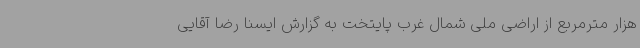
هزار مترمربع از اراضی ملی شمال غرب پایتخت به گزارش ایسنا رضا آقایی